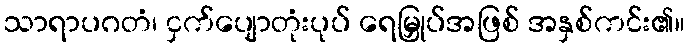
သာရာပဂတံ၊ ငှက်ပျောတုံးပုပ် ရေမြှုပ်အဖြစ် အနှစ်ကင်း၏။